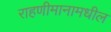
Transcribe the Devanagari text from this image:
राहणीमानामधील